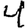
Digit: 4